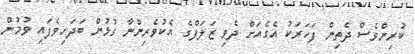
ކުރިންވެސް ދެތިން ފަހަރަކު އެގެއަށް ދެވި ޒަލަފްގެ އެކުވެރިންނާ ގުޅުން ބަދަހިވެފައި ވުމުން